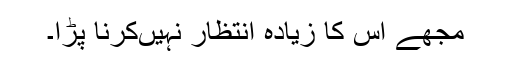
مجھے اس کا زیادہ انتظار نہیںکرنا پڑا۔